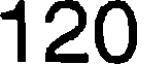
120